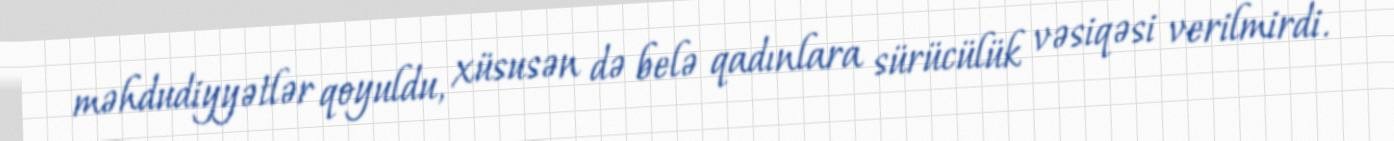
məhdudiyyətlər qoyuldu, xüsusən də belə qadınlara sürücülük vəsiqəsi verilmirdi.